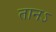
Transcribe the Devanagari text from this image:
तानऽ